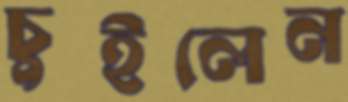
চুইলেন